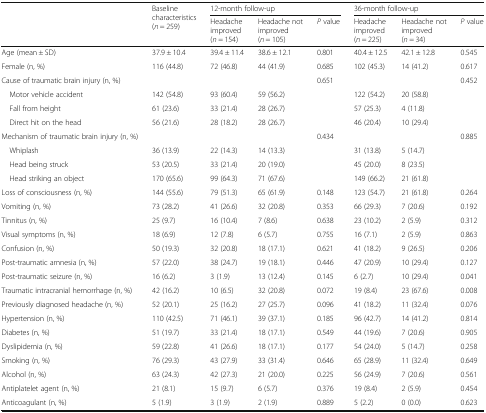
<table><thead><tr><td rowspan="2"></td><td rowspan="2"><b>Baseline characteristics (<i>n</i> = 259)</b></td><td colspan="3"><b>12-month follow-up</b></td><td colspan="3"><b>36-month follow-up</b></td></tr><tr><td><b>Headache improved (<i>n</i> = 154)</b></td><td><b>Headache not improved (<i>n</i> = 105)</b></td><td><b><i>P</i> value</b></td><td><b>Headache improved (<i>n</i> = 225)</b></td><td><b>Headache not improved (<i>n</i> = 34)</b></td><td><b><i>P</i> value</b></td></tr></thead><tbody><tr><td>Age (mean ± SD)</td><td>37.9 ± 10.4</td><td>39.4 ± 11.4</td><td>38.6 ± 12.1</td><td>0.801</td><td>40.4 ± 12.5</td><td>42.1 ± 12.8</td><td>0.545</td></tr><tr><td>Female (n, %)</td><td>116 (44.8)</td><td>72 (46.8)</td><td>44 (41.9)</td><td>0.685</td><td>102 (45.3)</td><td>14 (41.2)</td><td>0.617</td></tr><tr><td>Cause of traumatic brain injury (n, %)</td><td></td><td></td><td></td><td>0.651</td><td></td><td></td><td>0.452</td></tr><tr><td> Motor vehicle accident</td><td>142 (54.8)</td><td>93 (60.4)</td><td>59 (56.2)</td><td></td><td>122 (54.2)</td><td>20 (58.8)</td><td></td></tr><tr><td> Fall from height</td><td>61 (23.6)</td><td>33 (21.4)</td><td>28 (26.7)</td><td></td><td>57 (25.3)</td><td>4 (11.8)</td><td></td></tr><tr><td> Direct hit on the head</td><td>56 (21.6)</td><td>28 (18.2)</td><td>28 (26.7)</td><td></td><td>46 (20.4)</td><td>10 (29.4)</td><td></td></tr><tr><td>Mechanism of traumatic brain injury (n, %)</td><td></td><td></td><td></td><td>0.434</td><td></td><td></td><td>0.885</td></tr><tr><td> Whiplash</td><td>36 (13.9)</td><td>22 (14.3)</td><td>14 (13.3)</td><td></td><td>31 (13.8)</td><td>5 (14.7)</td><td></td></tr><tr><td> Head being struck</td><td>53 (20.5)</td><td>33 (21.4)</td><td>20 (19.0)</td><td></td><td>45 (20.0)</td><td>8 (23.5)</td><td></td></tr><tr><td> Head striking an object</td><td>170 (65.6)</td><td>99 (64.3)</td><td>71 (67.6)</td><td></td><td>149 (66.2)</td><td>21 (61.8)</td><td></td></tr><tr><td>Loss of consciousness (n, %)</td><td>144 (55.6)</td><td>79 (51.3)</td><td>65 (61.9)</td><td>0.148</td><td>123 (54.7)</td><td>21 (61.8)</td><td>0.264</td></tr><tr><td>Vomiting (n, %)</td><td>73 (28.2)</td><td>41 (26.6)</td><td>32 (20.8)</td><td>0.353</td><td>66 (29.3)</td><td>7 (20.6)</td><td>0.192</td></tr><tr><td>Tinnitus (n, %)</td><td>25 (9.7)</td><td>16 (10.4)</td><td>7 (8.6)</td><td>0.638</td><td>23 (10.2)</td><td>2 (5.9)</td><td>0.312</td></tr><tr><td>Visual symptoms (n, %)</td><td>18 (6.9)</td><td>12 (7.8)</td><td>6 (5.7)</td><td>0.755</td><td>16 (7.1)</td><td>2 (5.9)</td><td>0.863</td></tr><tr><td>Confusion (n, %)</td><td>50 (19.3)</td><td>32 (20.8)</td><td>18 (17.1)</td><td>0.621</td><td>41 (18.2)</td><td>9 (26.5)</td><td>0.206</td></tr><tr><td>Post-traumatic amnesia (n, %)</td><td>57 (22.0)</td><td>38 (24.7)</td><td>19 (18.1)</td><td>0.446</td><td>47 (20.9)</td><td>10 (29.4)</td><td>0.127</td></tr><tr><td>Post-traumatic seizure (n, %)</td><td>16 (6.2)</td><td>3 (1.9)</td><td>13 (12.4)</td><td>0.145</td><td>6 (2.7)</td><td>10 (29.4)</td><td>0.041</td></tr><tr><td>Traumatic intracranial hemorrhage (n, %)</td><td>42 (16.2)</td><td>10 (6.5)</td><td>32 (20.8)</td><td>0.072</td><td>19 (8.4)</td><td>23 (67.6)</td><td>0.008</td></tr><tr><td>Previously diagnosed headache (n, %)</td><td>52 (20.1)</td><td>25 (16.2)</td><td>27 (25.7)</td><td>0.096</td><td>41 (18.2)</td><td>11 (32.4)</td><td>0.076</td></tr><tr><td>Hypertension (n, %)</td><td>110 (42.5)</td><td>71 (46.1)</td><td>39 (37.1)</td><td>0.185</td><td>96 (42.7)</td><td>14 (41.2)</td><td>0.814</td></tr><tr><td>Diabetes (n, %)</td><td>51 (19.7)</td><td>33 (21.4)</td><td>18 (17.1)</td><td>0.549</td><td>44 (19.6)</td><td>7 (20.6)</td><td>0.905</td></tr><tr><td>Dyslipidemia (n, %)</td><td>59 (22.8)</td><td>41 (26.6)</td><td>18 (17.1)</td><td>0.177</td><td>54 (24.0)</td><td>5 (14.7)</td><td>0.258</td></tr><tr><td>Smoking (n, %)</td><td>76 (29.3)</td><td>43 (27.9)</td><td>33 (31.4)</td><td>0.646</td><td>65 (28.9)</td><td>11 (32.4)</td><td>0.649</td></tr><tr><td>Alcohol (n, %)</td><td>63 (24.3)</td><td>42 (27.3)</td><td>21 (20.0)</td><td>0.225</td><td>56 (24.9)</td><td>7 (20.6)</td><td>0.561</td></tr><tr><td>Antiplatelet agent (n, %)</td><td>21 (8.1)</td><td>15 (9.7)</td><td>6 (5.7)</td><td>0.376</td><td>19 (8.4)</td><td>2 (5.9)</td><td>0.454</td></tr><tr><td>Anticoagulant (n, %)</td><td>5 (1.9)</td><td>3 (1.9)</td><td>2 (1.9)</td><td>0.889</td><td>5 (2.2)</td><td>0 (0.0)</td><td>0.623</td></tr></tbody></table>